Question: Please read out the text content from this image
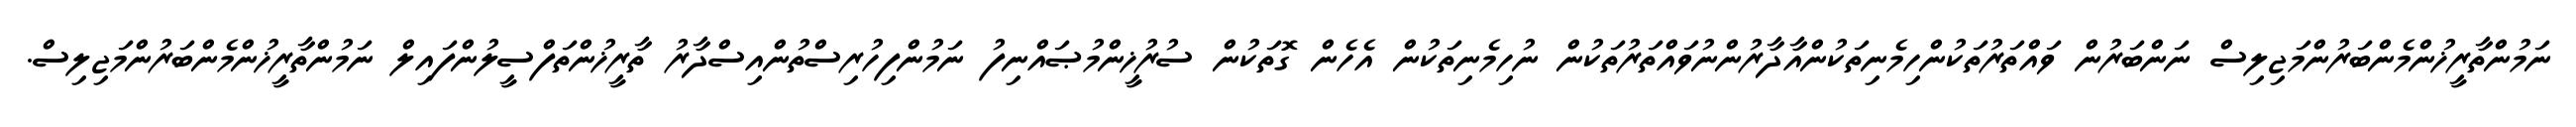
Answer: ނަމުންތާރީޚުންމެންބަރުންމަޖިލިސް ނަންބަރުން ވައްތަރުތަކުންހިމެނިތަކުންއާދާރުންނުވައްތަރުތަކުން ނުހިމެނިތަކުން އެހެން ގޮތަކުން ސުރުޚީންމުޞައްނިފު ނަމުންފިހުރިސްތުންއިސްދާރު ތާރީޚުންތަފްސީލުންފައިލް ނަމުންތާރީޚުންމެންބަރުންމަޖިލިސް.